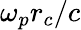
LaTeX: \omega_{p}r_{c}/c